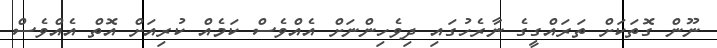
ނޫން ގޮތަކަށް ތަރައްގީގެ ނާރެހުގައި ދިވެހިންނަށް އެއްވެސް ކަމެއް ކުރިއަށް އޮތް އެއްވެސް